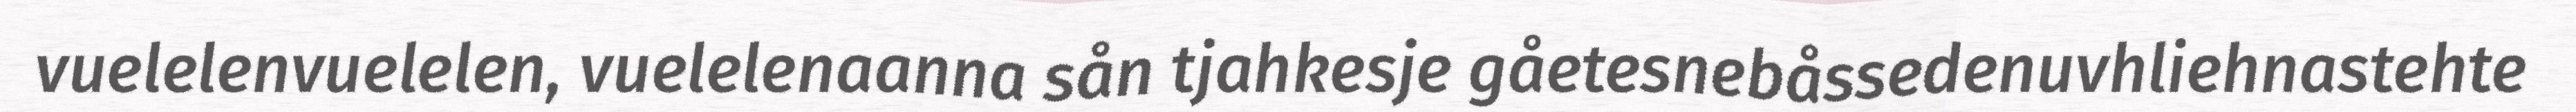
vuelelenvuelelen, vuelelenaanna sån tjahkesje gåetesnebåssedenuvhliehnastehte